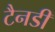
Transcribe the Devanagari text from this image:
टैनडी